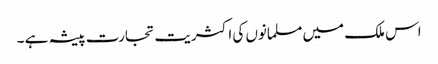
اس ملک میں مسلمانوں کی اکثریت تجارت پیشہ ہے ۔